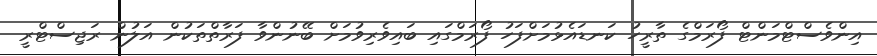
އިންވެސްޓްމަންޓް ފޯރަމްގެ ތާރީހު ކަނޑައެޅުމަށްފަހު ފޯރަމްގައި ބައިވެރިވުމަށް ބޭނުންވާ ފަރާތްތަކުން އަލުން ރަޖިސްޓްރީ